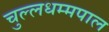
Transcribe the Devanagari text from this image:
चुल्लधम्मपाल